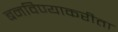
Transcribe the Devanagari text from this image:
बनविण्याकरीता